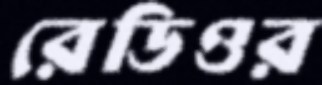
রেডিওর